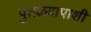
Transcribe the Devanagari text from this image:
पुतळ्यापाशी